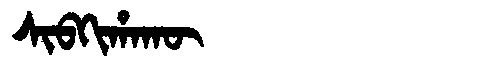
Manchu: ᠰᡳᠪᡴᡳᡥᠠᡴᡡ
Romanization: SIBKIHAKŪ